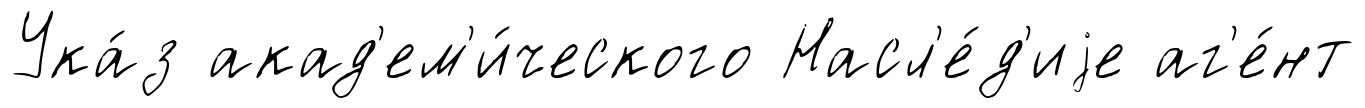
Ука́з акад'ем'и́ческого Насл'е́д'иjе аг'е́нт